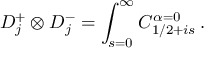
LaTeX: { \cal D } _ { j } ^ { + } \otimes { \cal D } _ { j } ^ { - } = \int _ { s = 0 } ^ { \infty } { \cal C } _ { 1 / 2 + i s } ^ { \alpha = 0 } \, .